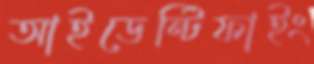
আইডেন্টিফাইং